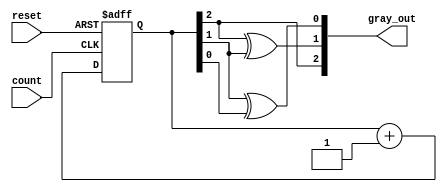
module gray_code_async_counter (
    input wire count,         // Asynchronous count signal
    input wire reset,         // Asynchronous reset signal
    output reg [2:0] gray_out  // 3-bit Gray code output
);

// Intermediate binary representation (3 bits)
reg [2:0] binary_count;

// Always block for asynchronous reset
always @(posedge count or posedge reset) begin
    if (reset) begin
        // Reset the counter to 0 in Gray code (000)
        binary_count <= 3'b000;
    end else begin
        // Increment the binary counter
        binary_count <= binary_count + 1;
    end
end

// Always block for Gray code conversion
always @(*) begin
    gray_out[2] = binary_count[2]; // MSB remains the same
    gray_out[1] = binary_count[2] ^ binary_count[1]; // G1 = B2 XOR B1
    gray_out[0] = binary_count[1] ^ binary_count[0]; // G0 = B1 XOR B0
end

endmodule